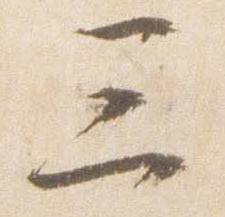
三